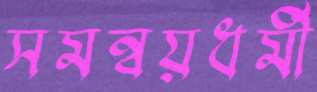
সমন্বয়ধর্মী